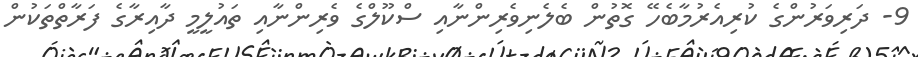
9- ދަރިވަރުންގެ ކުރިއެރުމާބެހޭ ގޮތުން ބެލެނިވެރިންނާއި ސްކޫލްގެ ވެރިންނާއި ތައުލީމީ ދާއިރާގެ ފަރާތްތަކުން